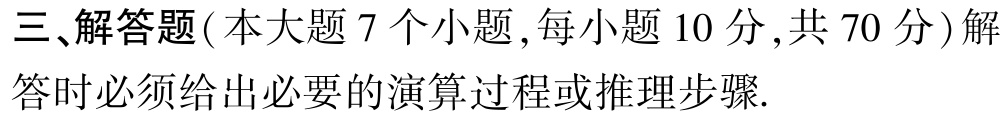
三、解答题(本大题 7 个小题,每小题 10 分,共 70 分)解答时必须给出必要的演算过程或推理步骤.